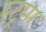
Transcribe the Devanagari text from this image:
स्ट्रमर